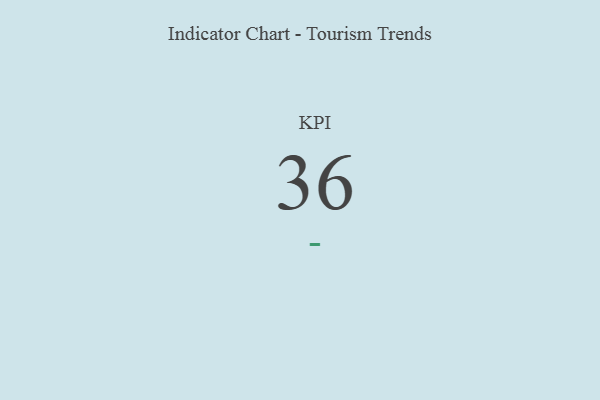
{"axis": {"x": "KPI", "y": "Value"}, "legend": [""], "data": [{"x": "KPI", "y": 36, "type": ""}]}